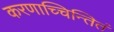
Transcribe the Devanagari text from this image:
करणाच्चिन्तितं